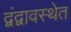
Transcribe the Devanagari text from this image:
द्वंद्वावस्थेत